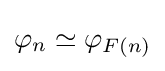
\varphi _{n}\simeq \varphi _{F(n)}